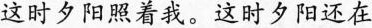
这时夕阳照着我。这时夕阳还在